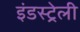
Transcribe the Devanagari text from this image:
इंडस्ट्रेली